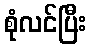
စုံလင်ပြီး